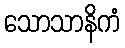
သောသာနိကံ